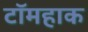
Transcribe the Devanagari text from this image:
टॉमहाक